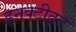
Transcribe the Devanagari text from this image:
इनक्टीटूट